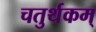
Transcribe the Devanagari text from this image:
चतुर्थकम्